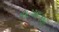
કાટમાળથી